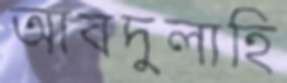
আবদুলাহি